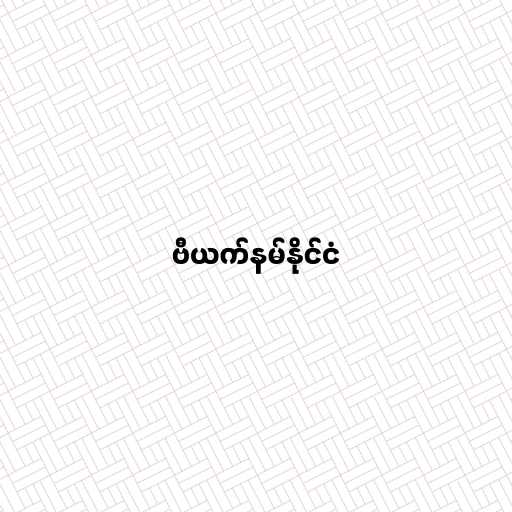
ဗီယက်နမ်နိုင်ငံ